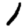
Digit: 1